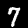
Label: 7